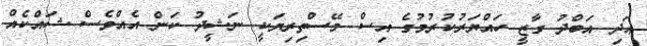
އަދި އަބްދު ގާޒީ ހައްޔަރުކުރުމުގެ އިސް މޭސްތިރިޔަކީ ނަޝީދު ކަން އެއްވެސް ޝައްކެއް